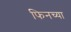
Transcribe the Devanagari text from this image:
फिनच्या